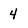
Character: 4